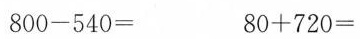
800-540= 80+720=